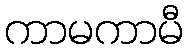
ကာမကာမီ